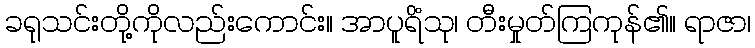
ခရုသင်းတို့ကိုလည်းကောင်း။ အာပူရိံသု၊ တီးမှုတ်ကြကုန်၏။ ရာဇာ၊